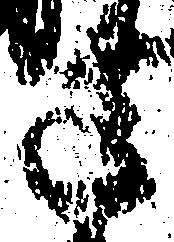
造